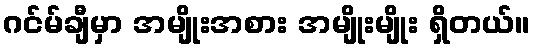
ဂင်မ်ချီမှာ အမျိုးအစား အမျိုးမျိုး ရှိတယ်။